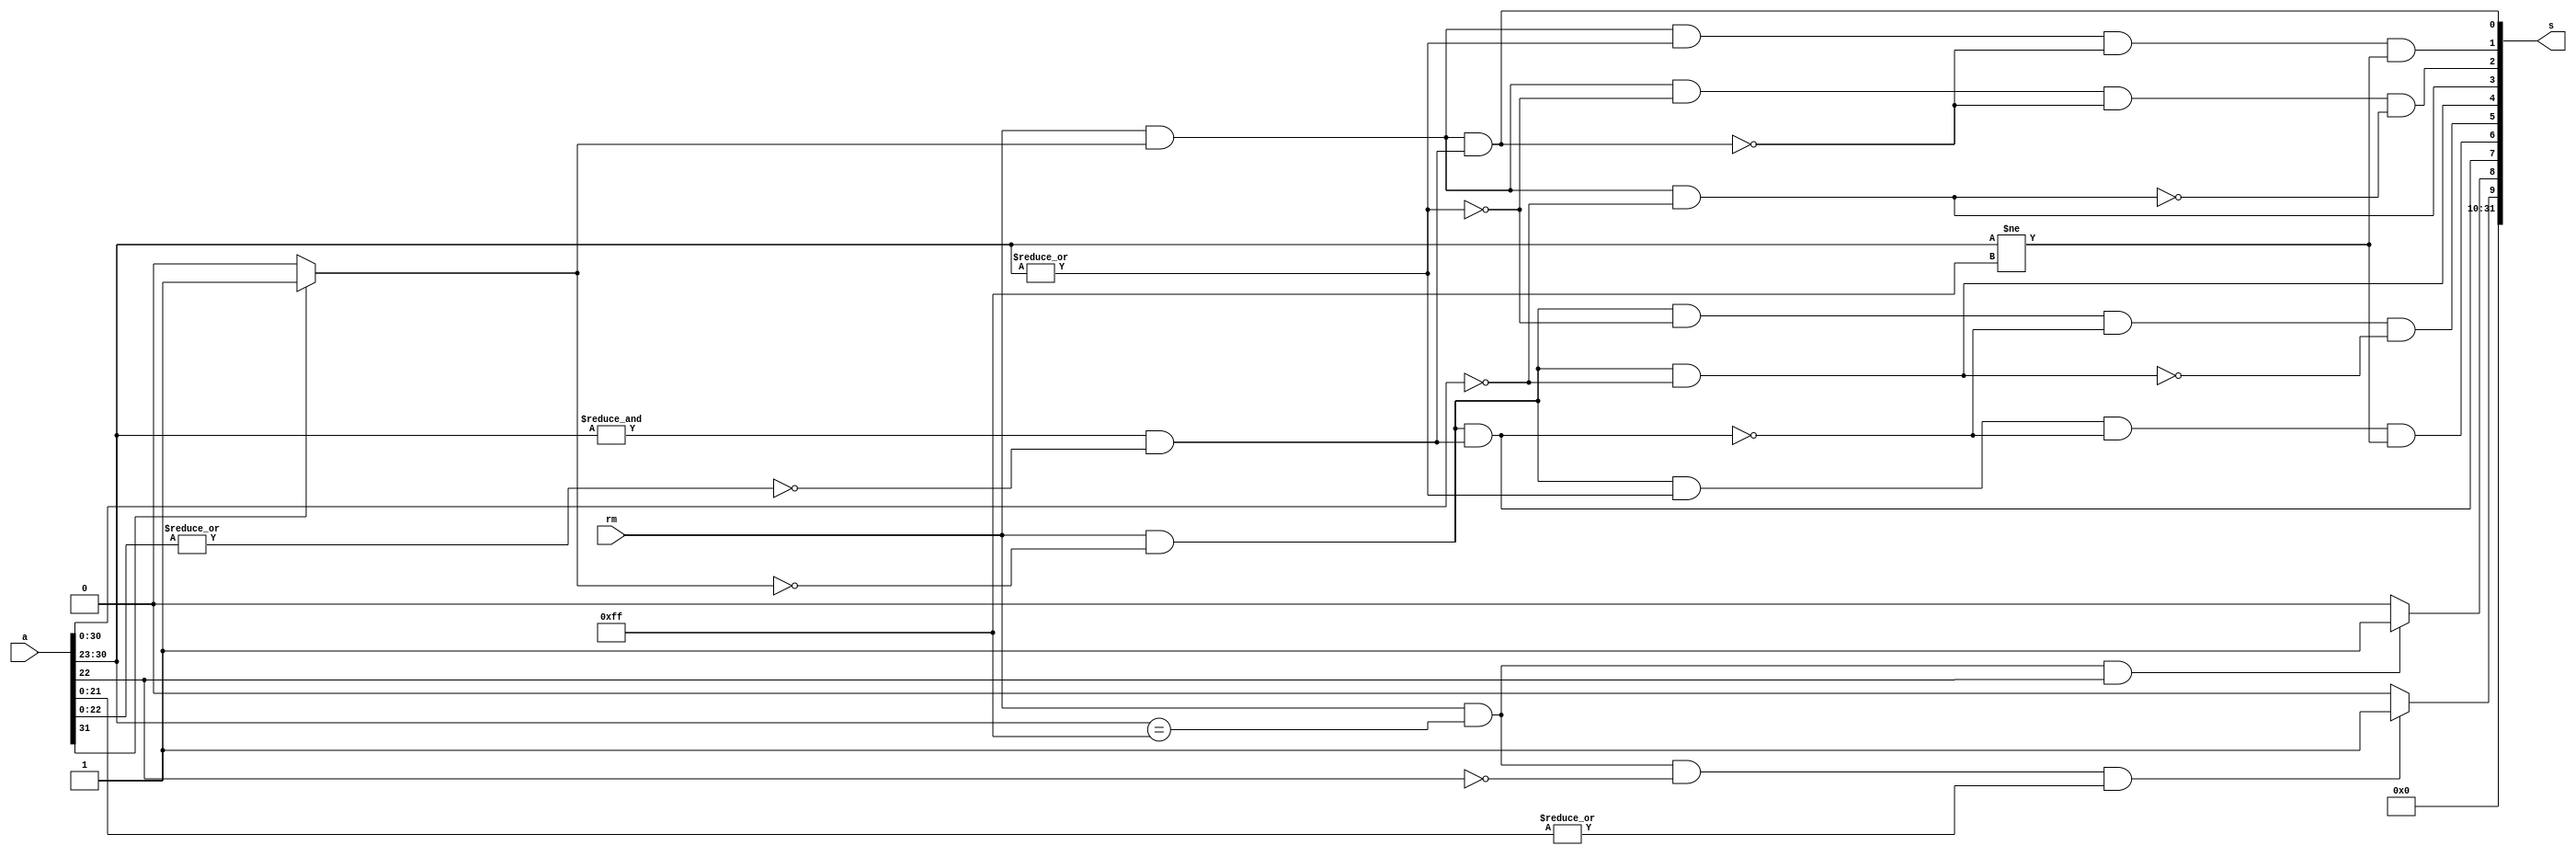

module classify (s,a,rm); 
input [31:0] a; // fp a 
input  rm; // round mode
output  [31:0] s; // fp output

//determine if any of operands exponents and mantissa are are all ones or zeros 
wire a_expo_is_ff = &a[30:23];            // =1 when a exp =ff 
wire a_frac_is_00 = ~|a[22:0];            // =1 when a mantisaa = 00 
//determine if operands  infinity or nan
wire a_is_nan=a_expo_is_ff & ~a_frac_is_00;  // e=ff f!=0 > largest is nan
wire a_is_inf=a_expo_is_ff & a_frac_is_00;
wire sign = (a[31]==1'b1) ? 1'b1 : 1'b0;
//- inf + inf
wire neg_inf = rm & sign & a_is_inf;
wire pos_inf = rm & ~sign & a_is_inf;

wire hidden_bit = |a[30:23];                               //calculate hidden bit by oring exponent 1.x or 0.x  for largest and smallest                          
wire negative_normal_num = rm & sign & hidden_bit & ~neg_inf & (a[30:23] != 8'hff) ;
wire positive_normal_num = rm & ~sign & hidden_bit &~pos_inf & (a[30:23] != 8'hff);
wire positive_zero = rm & ~sign & (a[30:0]==31'b0);
wire negative_zero = rm & sign & (a[30:0]==31'b0);
wire negative_subnormal_num = rm & sign & ~hidden_bit  & ~neg_inf &  ~negative_zero;
wire positive_subnormal_num = rm & ~sign & ~hidden_bit  &~pos_inf & ~positive_zero;
wire signaling_nan = (rm && (a[30:23] == 8'hff) && (a[22]==1'b1)) ? 1'b1 : 1'b0;
wire quiet_nan = (rm && (a[30:23] == 8'hff) && (a[22]==1'b0) && (|a[21:0]) ) ? 1'b1 : 1'b0;

assign s = {22'b0,quiet_nan,signaling_nan,pos_inf,positive_normal_num,positive_subnormal_num,positive_zero,negative_zero,negative_subnormal_num,negative_normal_num,neg_inf};


endmodule